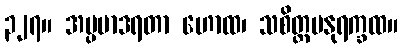
၃၂၇။ အပ္ပမာဒရတာ ဟောထ၊ သစိတ္တမနုရက္ခထ။